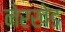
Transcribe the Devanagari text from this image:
नेरखेड